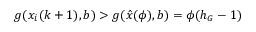
g ( x _ { i } ( k + 1 ) , b ) > g ( \hat { x } ( \phi ) , b ) = \phi ( h _ { G } - 1 )